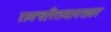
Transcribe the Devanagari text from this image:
रामचरितमानसवर